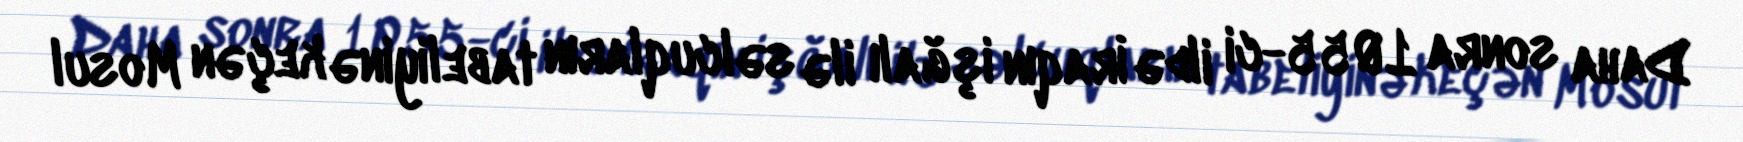
Daha sonra 1055-ci ildə İraqın işğalı ilə səlcuqların tabeliyinə keçən Mosul